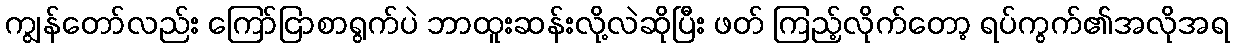
ကျွန်တော်လည်း ကြော်ငြာစာရွက်ပဲ ဘာထူးဆန်းလို့လဲဆိုပြီး ဖတ် ကြည့်လိုက်တော့ ရပ်ကွက်၏အလိုအရ